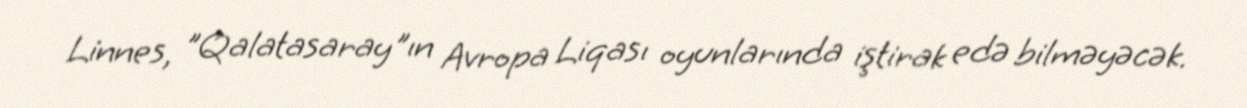
Linnes, "Qalatasaray"ın Avropa Liqası oyunlarında iştirak edə bilməyəcək.